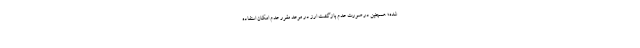
شده؛ همچنین در صورت عدم بازگشت ارز در موعد مقرر عدم امکان استفاده